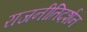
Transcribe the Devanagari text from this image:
राजनीतिदर्शन